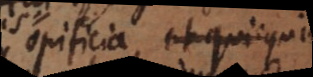
opificia, et quicquid